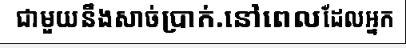
ជាមួយនឹងសាច់ប្រាក់.នៅពេលដែលអ្នក